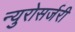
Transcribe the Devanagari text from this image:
न्युरोसर्जरी